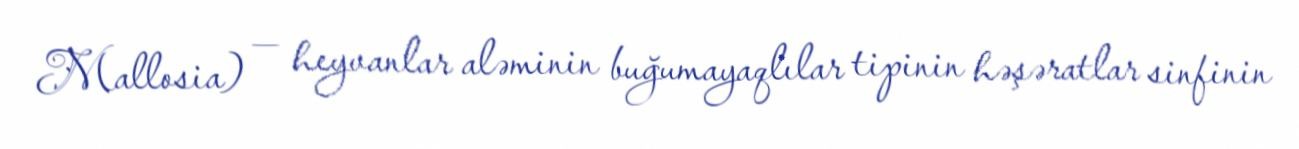
Mallosia) — heyvanlar aləminin buğumayaqlılar tipinin həşəratlar sinfinin